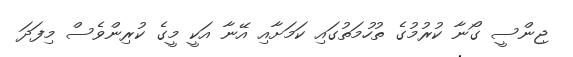
ޖިންސީ ގޯނާ ކުރުމުގެ ތުހުމަތުގައި ކަމަށާއި އޭނާ އަކީ މީގެ ކުރިންވެސް މިފަދަ